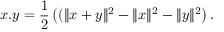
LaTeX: x . y = { \frac { 1 } { 2 } } \left( ( \| x + y \| ^ { 2 } - \| x \| ^ { 2 } - \| y \| ^ { 2 } \right) .